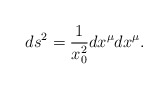
\begin{align*}ds^2={1\over x_0^2}dx^\mu dx^\mu. \end{align*}